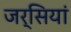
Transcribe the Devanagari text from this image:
जर्सियां